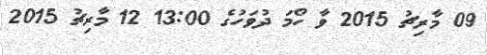
09 މާރިޗު 2015 ވާ ހޯމަ ދުވަހުގެ 13:00 12 މާރިޗު 2015